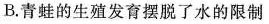
B.青蛙的生殖发育摆脱了水的限制